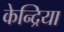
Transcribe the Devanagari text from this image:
केन्द्रिया